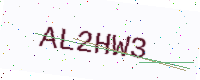
Text: AL2HW3